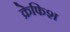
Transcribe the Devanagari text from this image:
क्रेफिश